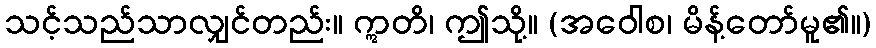
သင့်သည်သာလျှင်တည်း။ ဣတိ၊ ဤသို့။ (အဝေါစ၊ မိန့်တော်မူ၏။)